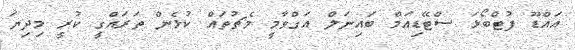
އައްޑޫ ފުޓްބޯޅަ ސްޓޭޑިއަމް ބައިނަލް އަގްވާމީ މެޗުތައް ކުޅެން ތަރައްގީ ކުރީ މިދިޔަ